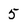
Character: 5